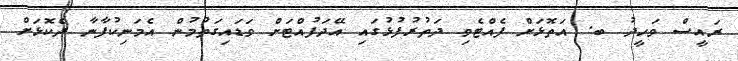
ރައީސް ވަހީދު ބ. އަތޮޅަށް ފެއްޓެވި ދަތުރުފުޅުގައި އޭދަފުއްޓަށް ވަޑައިގަތުމުން އެމަނިކުފާނާ ދެކޮޅަށް